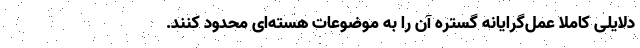
دلایلی کاملا عمل‌گرایانه گستره آن را به موضوعات هسته‌ای محدود کنند.